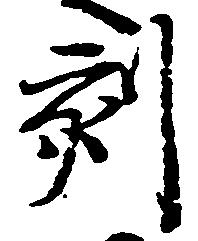
刻